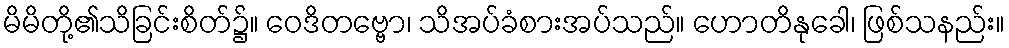
မိမိတို့၏သိခြင်းစိတ်၌။ ဝေဒိတဗ္ဗော၊ သိအပ်ခံစားအပ်သည်။ ဟောတိနုခေါ၊ ဖြစ်သနည်း။